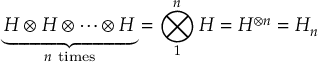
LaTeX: \underbrace { H \otimes H \otimes \dots \otimes H } _ { n { \mathrm { ~ t i m e s } } } = \bigotimes _ { 1 } ^ { n } H = H ^ { \otimes n } = H _ { n }